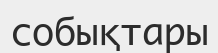
собықтары